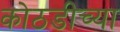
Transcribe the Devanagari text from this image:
कोठडीच्या